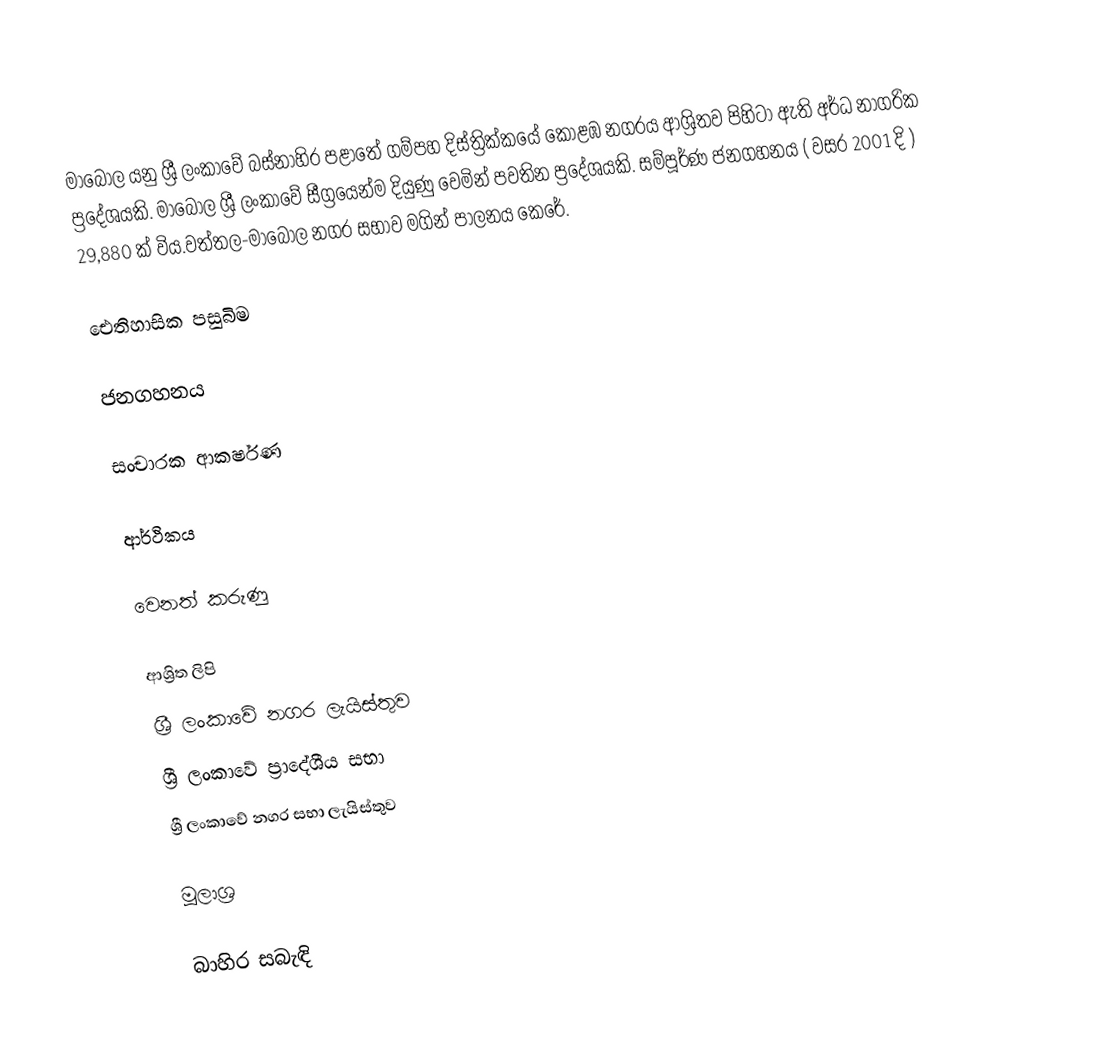
මාබෝල  යනු ශ්‍රී ලංකාවේ බස්නාහිර පළාතේ  ගම්පහ දිස්ත්‍රික්කයේ	 කොළඹ නගරය ආශ්‍රිතව පිහිටා ඇති අර්ධ නාගරික ප්‍රදේශයකි. මාබෝල  ශ්‍රී ලංකාවේ සීග්‍රයෙන්ම දියුණු වෙමින් පවතින ප්‍රදේශයකි. සම්පූර්ණ ජනගහනය ( වසර 2001 දි ) 29,880 ක්	 විය.වත්තල-මාබෝල නගර සභාව මගින් පාලනය කෙරේ.

ඓතිහාසික පසුබිම

ජනගහනය

සංචාරක ආකර්ෂණ

ආර්ථිකය

වෙනත් කරුණු

ආශ්‍රිත ලිපි
 ශ්‍රී ලංකාවේ නගර ලැයිස්තුව
 ශ්‍රී ලංකාවේ ප්‍රාදේශීය සභා
 ශ්‍රී ලංකාවේ නගර සභා ලැයිස්තුව

මූලාශ්‍ර

බාහිර සබැඳි